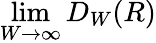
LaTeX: \operatorname*{lim}_{W\to\infty}D_{W}(R)